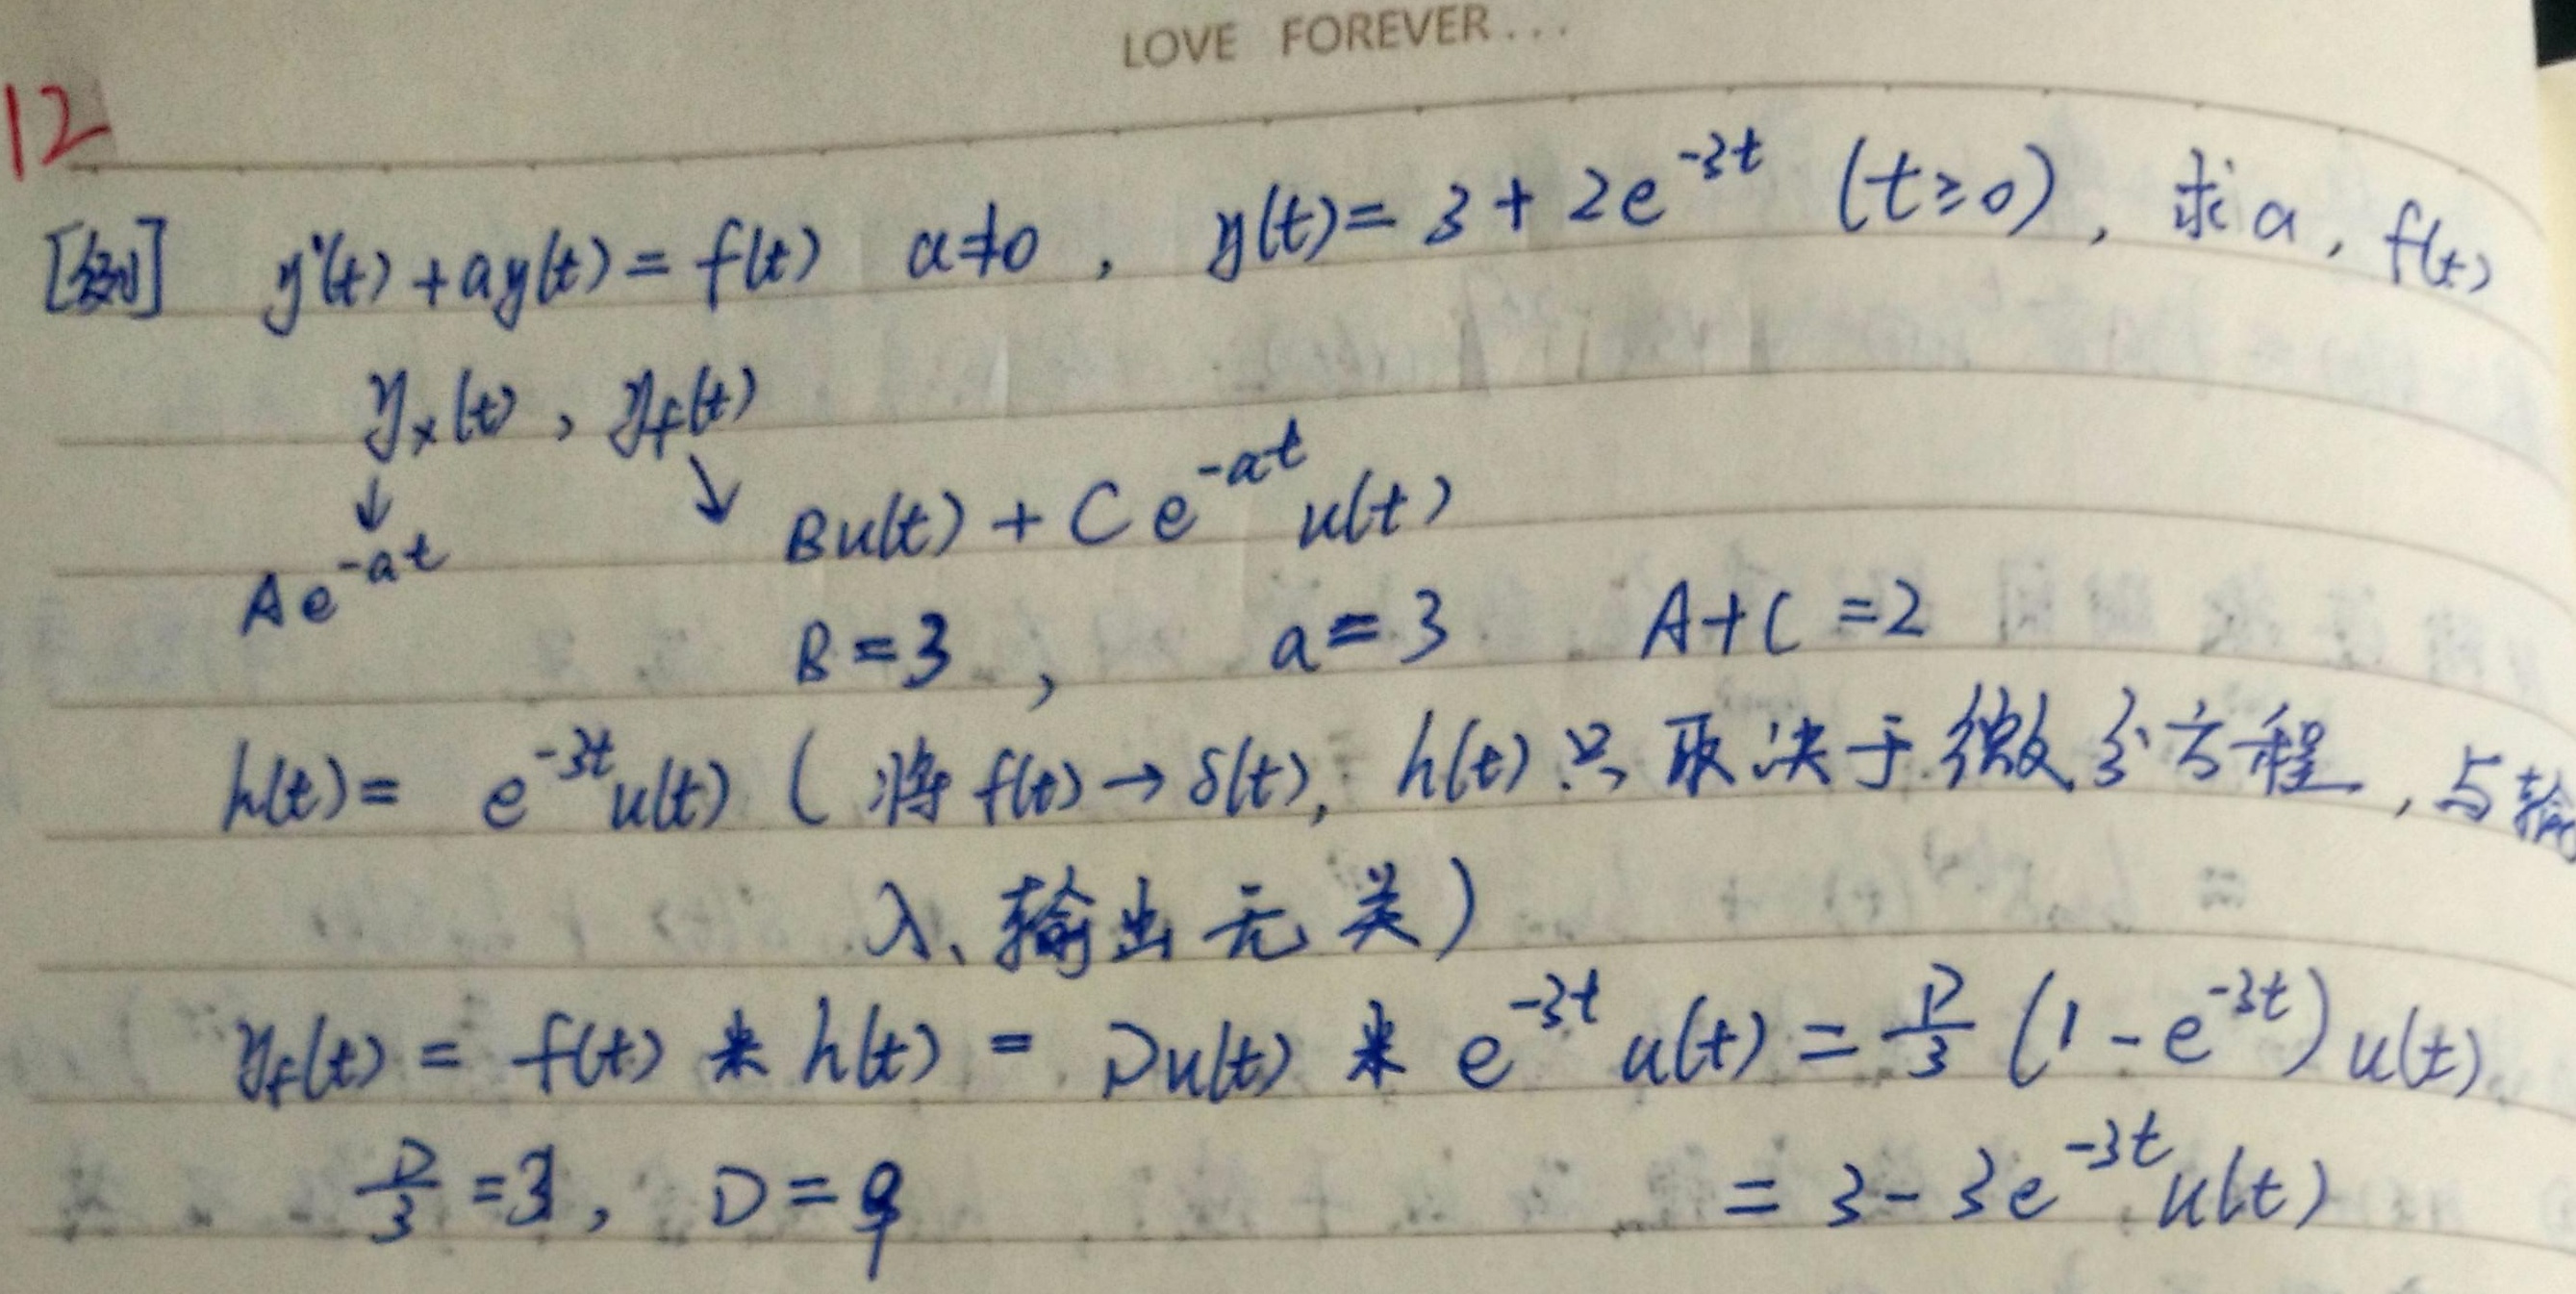
12
[例] \(y^{\prime}(t)+ay(t)=f(t)\) \(a\neq0\)， \(y(t)=3 + 2e^{-2t}\) \((t\geq0)\)，求\(a\)，\(f(t)\)
\(y_{x}(t)\)，\(y_{f}(t)\)
\(\downarrow\) \(\downarrow\)
\(Ae^{-at}\) \(B u(t)+Ce^{-at}u(t)\)
\(B = 3\)， \(a = 3\) \(A + C=2\)
\(h(t)=e^{-3t}u(t)\) ( 将\(f(t)\to\delta(t)\)，\(h(t)\)只取决于微分方程，与输入、输出无关)
\(y_{f}(t)=f(t)*h(t)=Du(t)*e^{-3t}u(t)=\frac{D}{3}(1 - e^{-3t})u(t)\)
\(\frac{D}{3}=3\)，\(D = 9\) \(=3-3e^{-3t}u(t)\)